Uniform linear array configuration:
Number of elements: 32
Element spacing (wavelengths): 1
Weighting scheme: kaiser
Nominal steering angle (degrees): -45
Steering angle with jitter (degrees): -43.201
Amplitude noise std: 0.05
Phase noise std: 0.05

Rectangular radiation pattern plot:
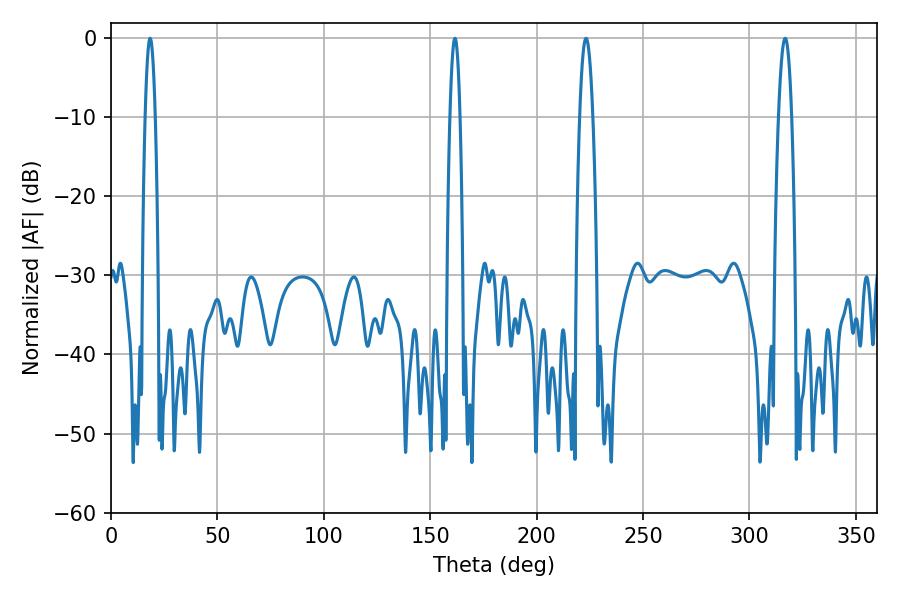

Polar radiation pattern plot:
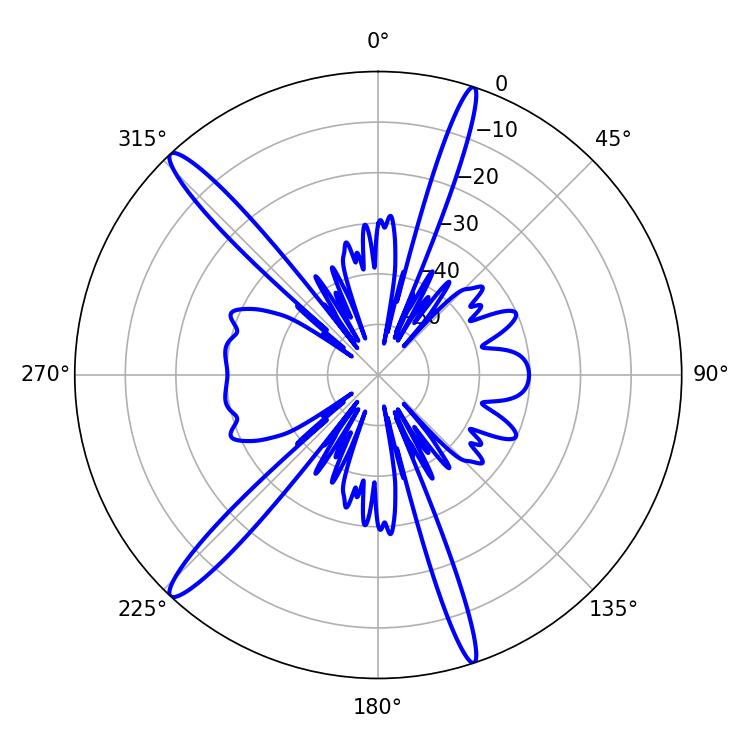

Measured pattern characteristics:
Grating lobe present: TRUE
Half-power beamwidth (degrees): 3.42
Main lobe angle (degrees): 223.2